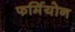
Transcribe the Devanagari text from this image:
फर्मियोन